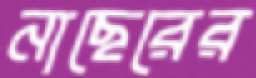
নাছেরের